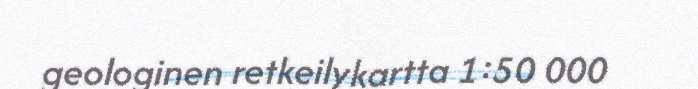
geologinen retkeilykartta 1:50 000